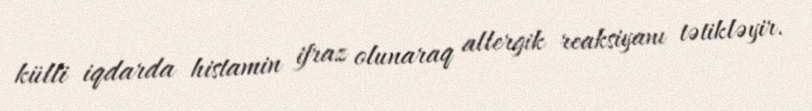
külli iqdarda histamin ifraz olunaraq allergik reaksiyanı tətikləyir.